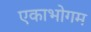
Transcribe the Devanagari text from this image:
एकाभोगम